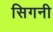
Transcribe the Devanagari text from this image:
सिगनी